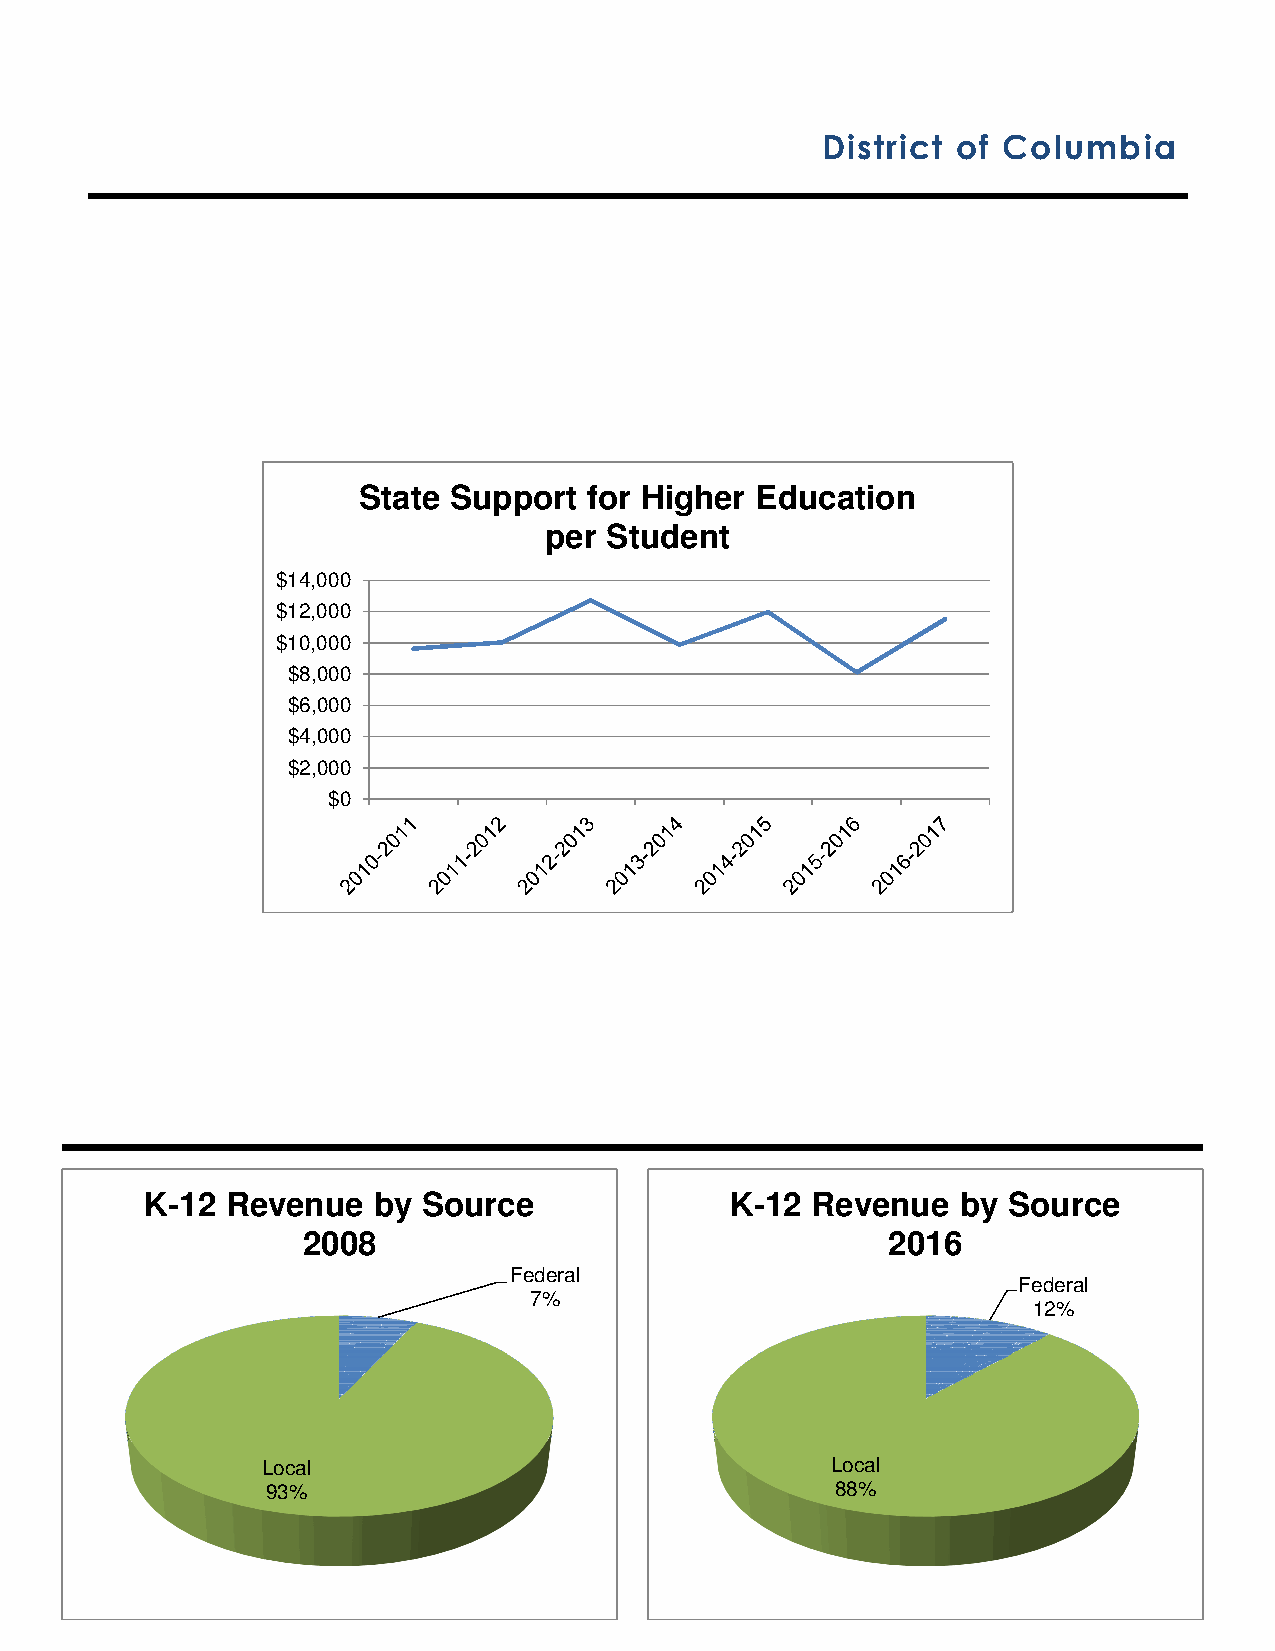
District of Columbia
 State Support  for Higher Education
 per Student
 $14,000
 $12,000
 $10,000
 $8,000
 $6,000
 $4,000
 $2,000
 $0
 K-12 Revenue   by Source              K-12  Revenue   by Source
 2008                                   2016
 Federal
 Federal
 7%
 12%
 Local                                 Local
 93%                                  88%